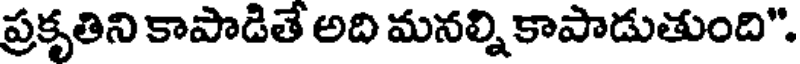
ప్రకృతిని కాపొడితే అది మనల్ని కాపాడుతుంది".